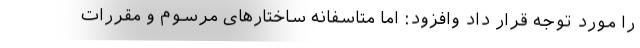
را مورد توجه قرار داد وافزود: اما متاسفانه ساختارهای مرسوم و مقررات